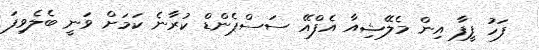
ފަހު ފީފާ އިން މެލޭޝިއާ އެފްއޭ ސަސްޕެންޑް ކުރާނެ ކަމަށް ވަނީ ބެލެވިފަ